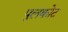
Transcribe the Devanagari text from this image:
पुलकोट